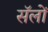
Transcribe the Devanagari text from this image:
सॅलों